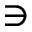
\ni